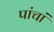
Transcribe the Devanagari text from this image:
पांचां